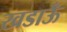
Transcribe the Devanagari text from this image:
खडाऊँ